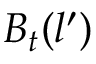
B _ { t } ( l ^ { \prime } )